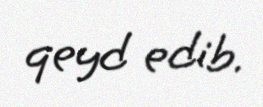
qeyd edib.